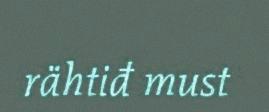
rähtiđ must